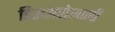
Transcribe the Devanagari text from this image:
डिसअसेम्बली